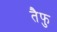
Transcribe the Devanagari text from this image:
तैफु